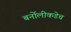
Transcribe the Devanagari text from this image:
बर्नोलीकडेच